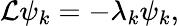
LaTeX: \mathcal{L}\psi_{k}=-\lambda_{k}\psi_{k},